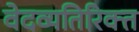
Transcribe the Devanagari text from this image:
वेदव्यतिरिक्त